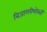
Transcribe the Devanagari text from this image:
बिजागरीभोवती